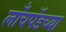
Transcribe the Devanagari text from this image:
लाँचपॅडच्या